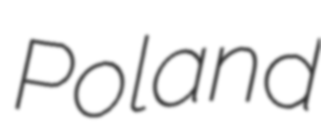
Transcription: Poland